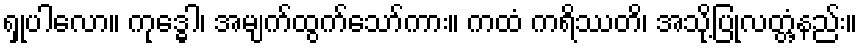
ရှုပါလော။ ကုဒ္ဓေါ၊ အမျက်ထွက်သော်ကား။ ကထံ ကရိဿတိ၊ အသို့ပြုလတ္တံ့နည်း။